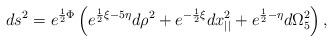
LaTeX: \begin{align*}ds^2= e^{{1\over 2} \Phi} \left( e^{{1\over 2}\xi-5\eta} d\rho^2+ e^{-{1\over 2}\xi} dx_{||}^2+ e^{{1\over 2}-\eta}d\Omega_5^2\right),\end{align*}